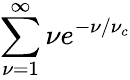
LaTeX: \sum_{\nu=1}^{\infty}\nu e^{-\nu/\nu_{c}}